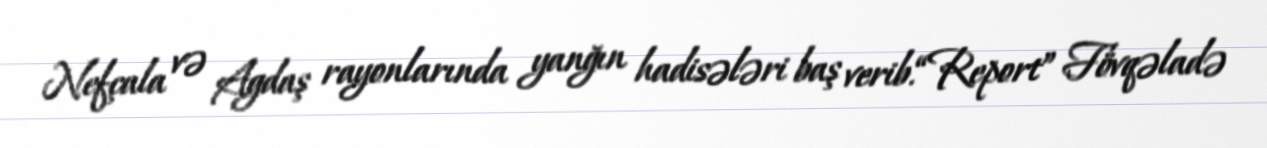
Nefçala və Agdaş rayonlarında yanğın hadisələri baş verib.“Report” Fövqəladə